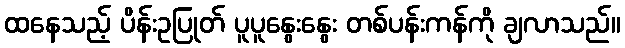
ထနေသည့် ပိန်းဥပြုတ် ပူပူနွေးနွေး တစ်ပန်းကန်ကို ချလာသည်။